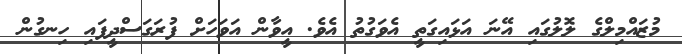
މުޒައްމިލްގެ ލޮލުގައި އޭނަ އަޅައިގަތީ އެވަގުތު އެވެ. އީވާން އަވަހަށް ފުރަގަސްދީފައި ހިނގުން